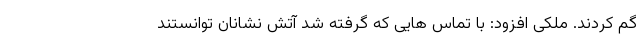
گم کردند. ملکی افزود: با تماس هایی که گرفته شد آتش نشانان توانستند